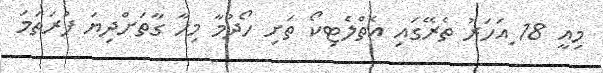
މިއީ 18 ިއަހަރު ތެރޭގައި އެތްލެޓިކޯ ތަށި ހޯދުމާ މިހާ ގާތަށްދިޔަ ފުރަތަމަ